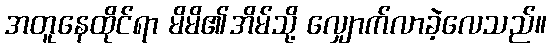
အတူနေထိုင်ရာ မိမိ၏အိမ်သို့ လျှောက်လာခဲ့လေသည်။